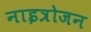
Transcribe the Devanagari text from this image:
नाइत्रोजन